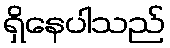
ရှိနေပါသည်